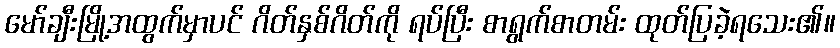
မော်ချီးမြို့အထွက်မှာပင် ဂိတ်နှစ်ဂိတ်ကို ရပ်ပြီး စာရွက်စာတမ်း ထုတ်ပြခဲ့ရသေး၏။